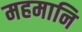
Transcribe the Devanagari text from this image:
महमानि